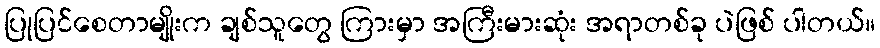
ပြုပြင်စေတာမျိုးက ချစ်သူတွေ ကြားမှာ အကြီးမားဆုံး အရာတစ်ခု ပဲဖြစ် ပါတယ်။